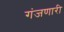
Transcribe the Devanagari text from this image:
गंजणारी